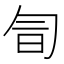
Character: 𠣚